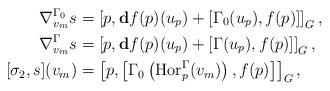
LaTeX: \begin{align*} \nabla^{\Gamma_0}_{v_m}s&=\left[p,\mathbf{d}f(p)(u_p)+[\Gamma_0(u_p),f(p)]\right]_G,\\ \nabla^{\Gamma}_{v_m}s&=\left[p,\mathbf{d}f(p)(u_p)+[\Gamma(u_p),f(p)]\right]_G,\\ [\sigma_2,s](v_m)&=\left[p,\left[\Gamma_0\left(\operatorname{Hor}^\Gamma_p(v_m)\right),f(p)\right]\right]_G,\end{align*}